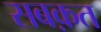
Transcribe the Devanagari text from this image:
सबक़त